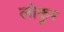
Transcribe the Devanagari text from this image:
लोकूर